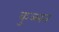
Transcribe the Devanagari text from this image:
कुञ्ञन